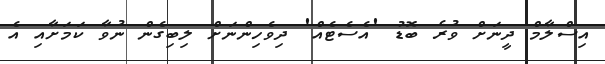
އިސްލާމް ދީނަށް ވުރެ ބޮޑު 'އެސެޓެއް' ދިވެހިންނަށް ލިބިގެން ނުވާ ކަމަށާއި އެ